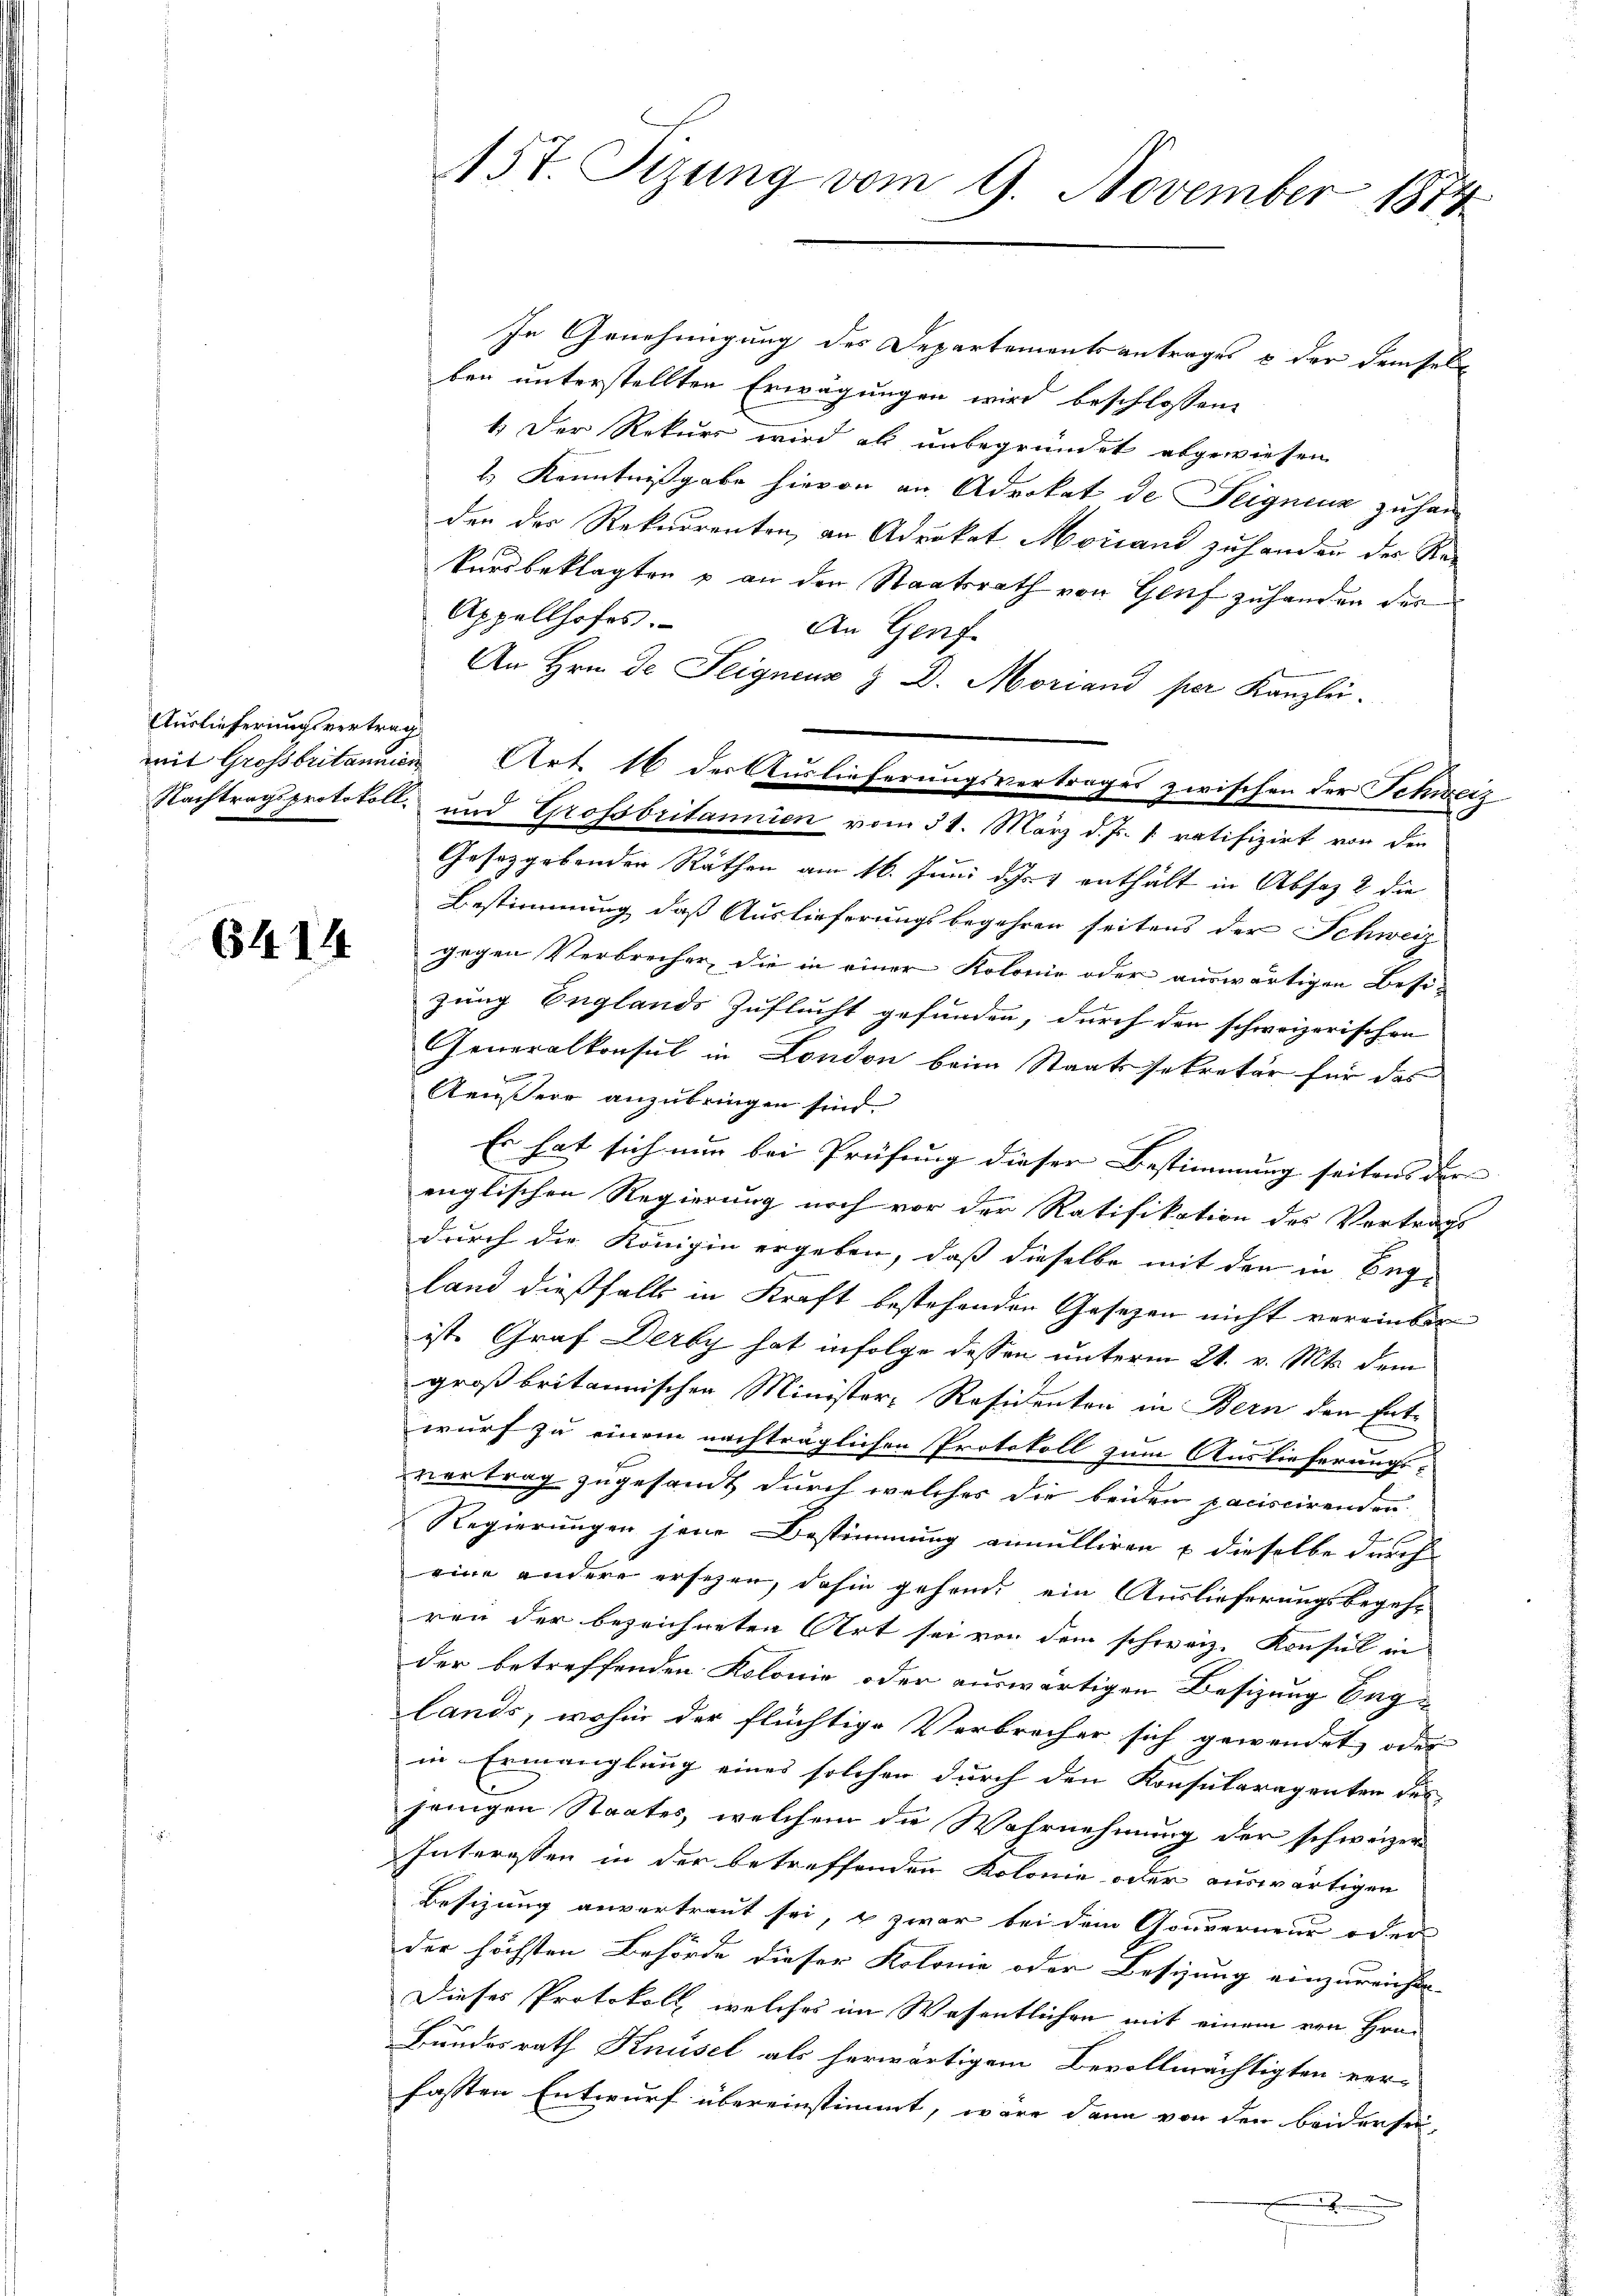
Auslieferungsvertrag

6414

In Genehmigung des Departementsantrages & der demselb
ben unterstellten Erwägungen wird beschlossene
1.) Der Rekurs wird als unbegründet abgewiesen
2.) Kenntnißgabe hievon an Advokat de Teignenz zu han
den des Rekurrenten, an Advokat Moriand zuhanden der Rekursbeklagten & an den Staatsrath von Genf zuhanden der
Appellhofes.
An Genf
An Hrn. De Teignenz & D. Moriand per Kanzlei.
mit Grossbritannien Art. 16 der Auslieferungsvertrages zwischen der Schweiz
Nachtragsprotokoll und Grofsbritannien vom 31. März d. Js. v. ratifizirt von den
Gesetzgebenden Räthen am 16. Juni d. Js. v. enthält in Absatz 2 die
Bestimmung, daß Auslieferungsbegehren seitens der Schweiz
gegen Verbrecher, die in einer Kolonie oder auswärtigen Besi-
zung Englands Zuflucht gefunden, durch den schweizerischen
Generalkonsul in London beim Staatssekretär für das
Aeußere anzubringen sind.
Es hat sich nun bei Prüfung dieser Bestimmung seitens der
englischen Regierung noch vor der Ratifikation des Vertrags
durch die Königin ergeben, daß dieselbe mit den in Beg-
land dießfalls in Kraft bestehenden Gesezen nicht vereinbarist. Graf Derby hat infolge dessen unterm 21. v. Mts. dem
großbritannischen Minister-Residenten in Bern den Ent-
wurf zu einem nachträglichen Protokoll zum Auslieferungsvertrag zugesandt durch welches die beiden paciscirenden
Regierungen jene Bestimmung annulliren & dieselbe durch
eine andere ersehen, dahin gehend ein Auslieferungsbegehren der bezeichneten Art sei von dem schweiz. Konsul in
der betreffenden Kolonie oder auswärtigen Besizung beg
lands, wohin der flüchtige Verbrecher sich gewendet, oder
in Ermanglung eines solchen durch den Konsularagenten des
jenigen Staates, welchem die Wahrnehmung der schweizer
Interessen in der betreffenden Kolonie oder auswärtigen
Besizung anvertraut sei, u zwar bei dem Gouverneur oder
der höchsten Behörde dieser Kolonie oder Besizung einzureichte-
Dieses Protokoll, welches im Wesentlichen mit einem von Hrn.
Bundesrath Knüsel als herwärtigem Bevollmächtigten ver-
fassten Entwurf übereinstimmt, wäre dann von den beidersei¬
.

157. Sizung vom 9. November 1874